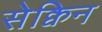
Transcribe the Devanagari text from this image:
सेक्विन